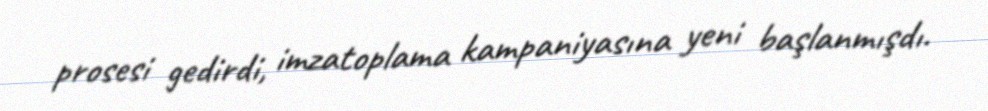
prosesi gedirdi, imzatoplama kampaniyasına yeni başlanmışdı.